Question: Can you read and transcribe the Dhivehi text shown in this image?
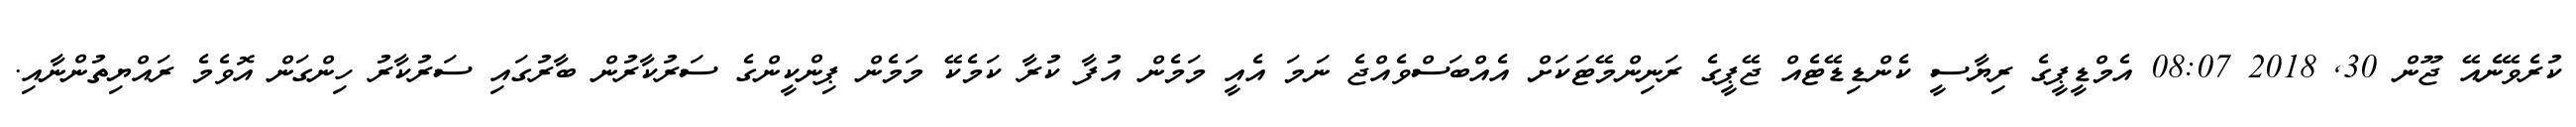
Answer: ކުރެވޭނެއޭ ޖޫން 30, 2018 08:07 އެމްޑީޕީގެ ރިޔާސީ ކެންޑިޑޭޓެއް ޖޭޕީގެ ރަނިންމޭޓަކަށް އެއްބަސްވެއްޖެ ނަމަ އެއީ މަމެން އުފާ ކުރާ ކަމެކޭ މަމެން ޕިންކީންގެ ސަރުކާރުން ބާރުގައި ސަރުކާރު ހިންގަން އޮވެމެ ރައްޔިތުންނާއި.